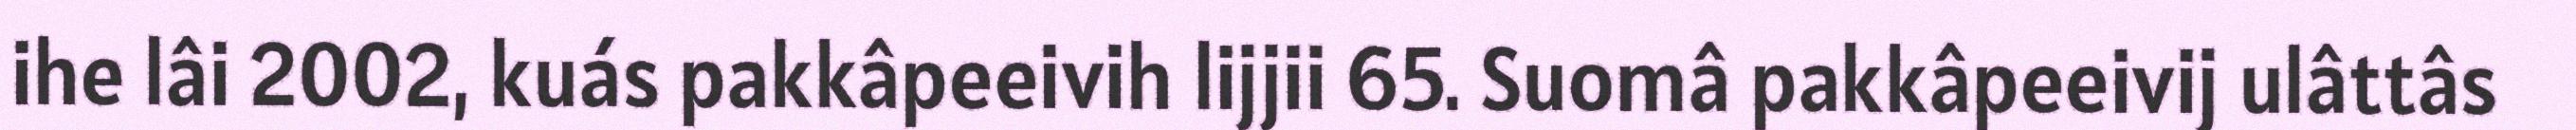
ihe lâi 2002, kuás pakkâpeeivih lijjii 65. Suomâ pakkâpeeivij ulâttâs